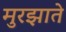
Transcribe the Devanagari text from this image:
मुरझाते